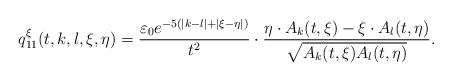
LaTeX: \begin{align*}q_{11}^{\xi}(t,k,l,\xi,\eta)=\frac{\varepsilon_0e^{-5(|k-l|+|\xi-\eta|)}}{t^2}\cdot\frac{\eta\cdot A_k(t,\xi)-\xi\cdot A_l(t,\eta)}{\sqrt{A_k(t,\xi)A_l(t,\eta)}}.\end{align*}